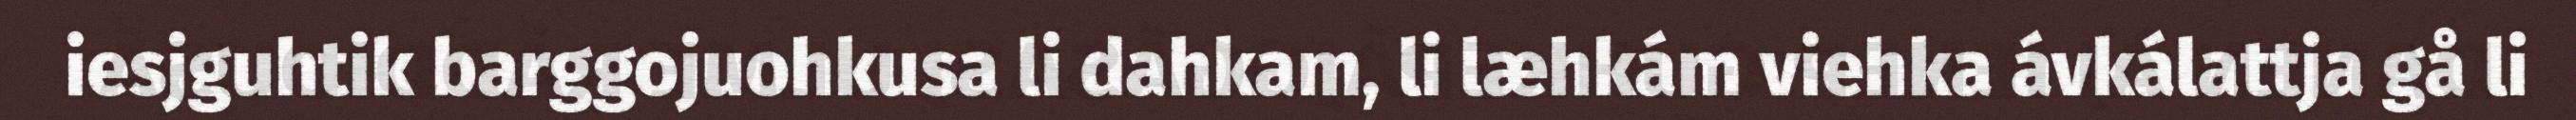
iesjguhtik barggojuohkusa li dahkam, li læhkám viehka ávkálattja gå li